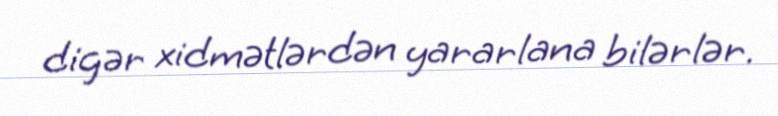
digər xidmətlərdən yararlana bilərlər.